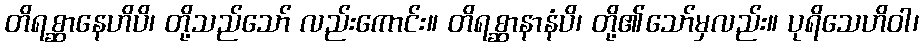
တိရစ္ဆာနေဟိပိ၊ တို့သည်သော် လည်းကောင်း။ တိရစ္ဆာနာနံပိ၊ တို့၏သော်မှလည်း။ ပုရိသေဟိဝါ၊